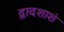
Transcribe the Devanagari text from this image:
द्वादशाशं